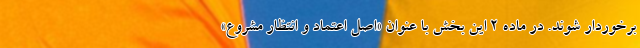
برخوردار شوند. در ماده ۲ این بخش با عنوان «اصل اعتماد و انتظار مشروع»